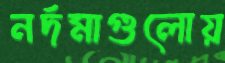
নর্দমাগুলোয়